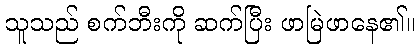
သူသည် စက်ဘီးကို ဆက်ပြီး ဖာမြဲဖာနေ၏။